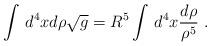
LaTeX: \begin{align*}\int\, d^4x d\rho {\sqrt g} = R^5 \int\,d^4x \frac{d\rho}{\rho^5}\ .\end{align*}